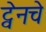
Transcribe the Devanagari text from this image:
ट्वेनचे